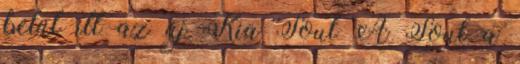
belül itt az új Kia Soul A Soul a